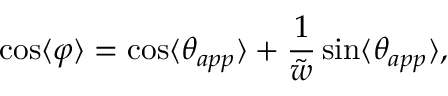
\cos \langle \varphi \rangle = \cos \langle \theta _ { a p p } \rangle + \frac { 1 } { \tilde { w } } \sin \langle \theta _ { a p p } \rangle ,